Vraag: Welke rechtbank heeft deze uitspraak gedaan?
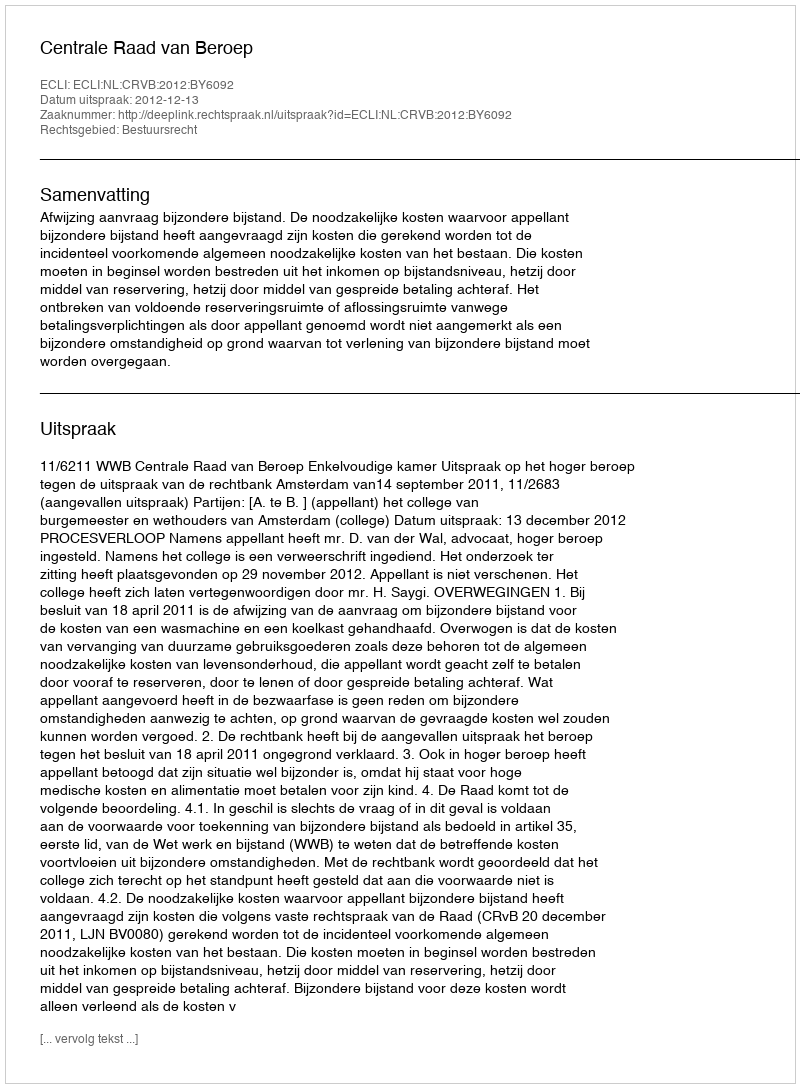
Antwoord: Centrale Raad van Beroep